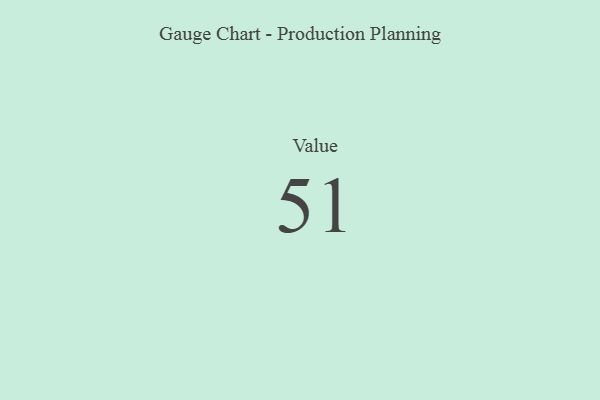
{"axis": {"x": "Metric", "y": "Value"}, "legend": [""], "data": [{"x": "Value", "y": 51, "type": ""}]}